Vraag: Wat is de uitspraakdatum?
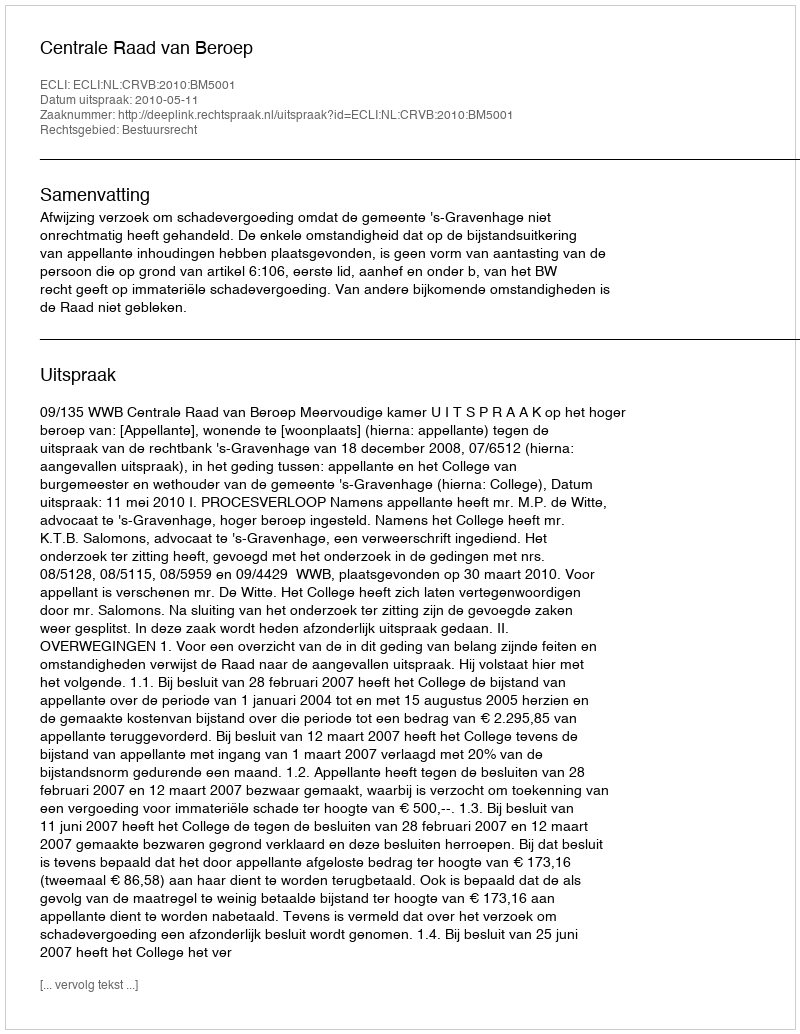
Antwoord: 2010-05-11